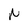
Character: n